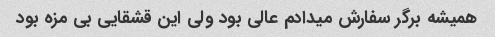
همیشه برگر سفارش میدادم عالی بود ولی این قشقایی بی مزه بود